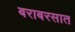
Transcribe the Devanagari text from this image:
बराबरसात